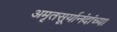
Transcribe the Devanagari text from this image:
अमृतसूर्यानंदांच्या